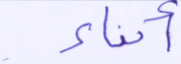
أنباء